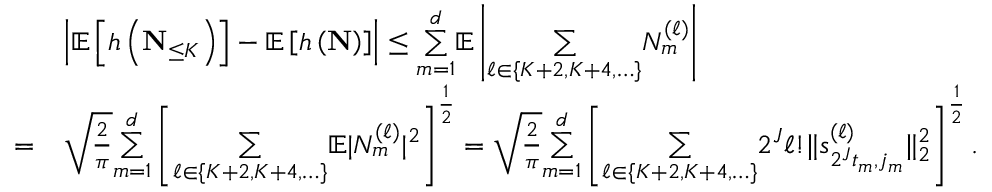
\begin{array} { r l } & { \left| \mathbb { E } \left[ h \left( \mathbf { N } _ { \leq K } \right) \right] - \mathbb { E } \left[ h \left( \mathbf { N } \right) \right] \right| \leq \overset { d } { \underset { m = 1 } { \sum } } \mathbb { E } \left| \underset { \ell \in \{ K + 2 , K + 4 , \ldots \} } { \sum } N _ { m } ^ { ( \ell ) } \right| } \\ { = } & { \sqrt { \frac { 2 } { \pi } } \overset { d } { \underset { m = 1 } { \sum } } \left[ \underset { \ell \in \{ K + 2 , K + 4 , \ldots \} } { \sum } \mathbb { E } | N _ { m } ^ { ( \ell ) } | ^ { 2 } \right] ^ { \frac { 1 } { 2 } } = \sqrt { \frac { 2 } { \pi } } \overset { d } { \underset { m = 1 } { \sum } } \left[ \underset { \ell \in \{ K + 2 , K + 4 , \ldots \} } { \sum } 2 ^ { J } \ell ! \| s _ { 2 ^ { J } t _ { m } , j _ { m } } ^ { ( \ell ) } \| _ { 2 } ^ { 2 } \right] ^ { \frac { 1 } { 2 } } . } \end{array}